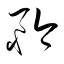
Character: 矜